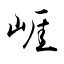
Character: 崕